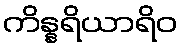
ကိန္နရိယာရိဝ